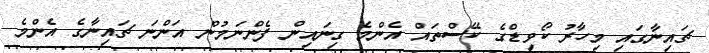
ޗައިނާގައި މިހާރު ކޯވިޑްގެ ކޭސްތައް އެންމެ ގިނައިން ފެންނަމުން އަންނަ ޗައިނާގެ އެންމެ